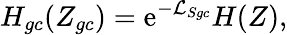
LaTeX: H_{gc}(Z_{gc})=\mathrm{e}^{-\mathcal{{L}}_{Sgc}}H(Z),